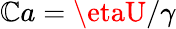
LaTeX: \mathbb{C}a=\etaU/\gamma